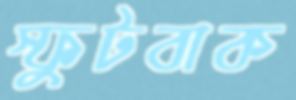
স্ফুটবাক